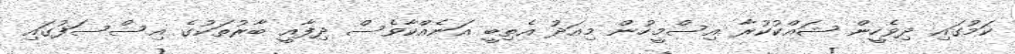
ކަމުގައި ދިވެހީން ޝައްކުކުރާ އިސްމީހުން މިއަދު އެތިބީ އަނެއްކާވެސް ދިފާއީ ބާރުތަކުގެ އިސްސަފުގައި